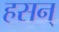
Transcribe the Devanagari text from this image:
हसन्